Report of the Indian Hemp Drugs Commission, 1894-1895 - Volume VI
Year: 1894
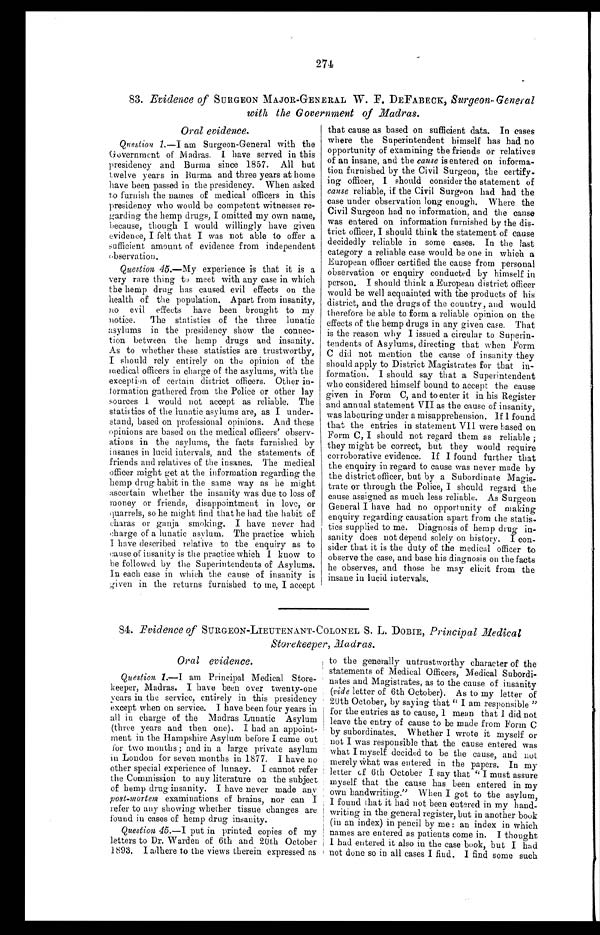
274
83. Evidence of SURGEON MAJOR-GENERAL W. F. DEFABECK, Surgeon-General
with the Government of Madras.
Oral evidence.
Question 1.— I am Surgeon-General with the
Government of Madras. I have served in this
presidency and Burma since 1857. All but
twelve years in Burma and three years at home
have been passed in the presidency. When asked
to furnish the names of medical officers in this
presidency who would be competent witnesses re-
garding the hemp drugs, I omitted my own name,
because, though I would willingly have given
evidence, I felt that I was not able to offer a
sufficient amount of evidence from independent
Observation.
Question 45.—My experience is that it is a
very rare thing to meet with any case in which
the hemp drug has caused evil effects on the
health of the population. Apart from insanity,
no evil effects have been brought to my
notice. The statistics of the three lunatic
asylums in the presidency show the connec
- t i o n b e t w e e n t h e h e m p d r u g s a n d i n s a n i t y .
As to whether these statistics are trustworthy,
I should rely entirely on the opinion of the
medical officers in charge of the asylums, with the
exception of certain district officers. Other in-
formation gathered from the Police or other lay
sources I would not accept as reliable. The
statistics of the lunatic asylums are, as I under-
-stand, based on professional opinions. And these
opinions are based on the medical officers’ observ-
-ations in the asylums, the facts furnished by
in sanes in lucid intervals, and the statements of
friends and relatives of the insanes. The medical
officer might get at the information regarding the
hemp drug habit in the same way as he might
ascertain whether the insanity was due to loss of
money or friends, disappointment in love, or
quarrels, so he might find that he had the habit of
charas or ganja smoking. I have never had
charge of a lunatic asylum. The practice which
I have described relative to the enquiry as to
cause of insanity is the practice which I know to
he followed by the Superintendents of Asylums.
In each case in which the cause of insanity is
given in the returns furnished to me, I accept
that cause as based on sufficient data. In cases
where the Superintendent himself has had no
opportunity of examining the friends or relatives
of an insane, and the cause is entered on informa-
tion furnished by the Civil Surgeon, the certify--
ing officer, I should consider the statement of
cause reliable, if the Civil Surgeon had had the
case under observation long enough. Where the
Civil Surgeon had no information, and the cause
was entered on information furnished by the dis
- t r i c t o f f i c e r , I s h o u l d t h i n k t h e s t a t e m e n t o f c a u s e
decidedly reliable in some cases. In the last
category a reliable case would be one in which a
European officer certified the cause from personal
observation or enquiry conducted by himself in
person. I should think a European district officer
would be well acquainted with the products of his
district, and the drugs of the country, and would
therefore he able to form a reliable opinion on the
effects of the hemp drugs in any given case. That
is the reason why I issued a circular to Superin-
tendents of Asylums, directing that when Form
C did not mention the cause of insanity they
should apply to District Magistrates for that in-
formation. I should say that a Superintendent
who considered himself bound to accept the cause
given in Form C, and to enter it in his Register
and annual statement VII as the cause of insanity,
was labouring under a misapprehension. If I found
that the entries in statement VII were based on
Form C, I should not regard them as reliable ;
they might be correct, but they would require
corroborative evidence. If I found further that
the enquiry in regard to cause was never made by
the district officer, but by a Subordinate Magis
-trate or through the Police, I should regard the
cause assigned as much less reliable. As Surgeon
General I have had no opportunity of making
enquiry regarding causation apart from the statis-
tics supplied to me. Diagnosis of hemp drug in-
sanity does not depend solely on history. I con
-sider that it is the duty of the medical officer to
observe the case, and base his diagnosis on the facts
he observes, and those he may elicit from the
insane in lucid intervals.
84. Evidence of SURGEON-LIEUTENANT-COLONEL S. L. DOBIE, Principal Medical
Storekeeper, Madras.
Oral evidence.
Question 1.— I am Principal Medical Store-
- k e e p e r , M a d r a s . I h a v e b e e n o v e r t w e n t y - o n e
years in the service, entirely in this presidency
except when on service. I have been four years in
all in charge of the Madras Lunatic Asylum
(three years and then one). I had an appoint-
-ment in the Hampshire Asylum before I came out
for two months ; and in a large private asylum
in London for seven months in 1877. I have no
other special experience of lunacy. I cannot refer
the Commission to any literature on the subject
of hemp drug insanity. I have never made any
post-mortem examinations of brains, nor can I
refer to any showing whether tissue changes are
found in cases of hemp drug insanity.
Question 45.—I put in printed copies of my
letters to Dr. Warden of 6th and 20th October
1893. I adhere to the views therein expressed as
to the generally untrustworthy character of the
statements of Medical Officers, Medical Subordi--
nates and Magistrates, as to the cause of insanity
(vide letter of 6th October). As to my letter of
20th October, by saying that “I am responsible"
for the entries as to cause, 1 mean that I did not
leave the entry of cause to be made from Form C
by subordinates. Whether I wrote it myself or
not I was responsible that the cause entered was
what I myself decided to be the cause, and not
merely what was entered in the papers. In my
letter of 6th October I say that “I must assure
myself that the cause has been entered in my
own handwriting." When I got to the asylum,
I found that it had not been entered in my hand-
writing in the general register, but in another book
(in an index) in pencil by me : an index in which
names are entered as patients come in. I thought
I had entered it also in the case book, but I had
not done so in all cases I find. I find some such